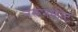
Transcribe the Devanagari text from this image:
नेरूनकोट